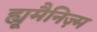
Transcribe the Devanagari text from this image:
ह्यूमैनिज़्म